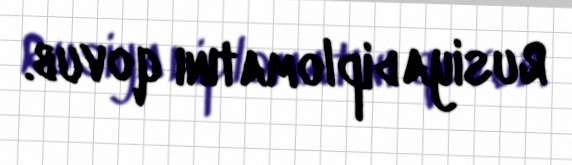
Rusiya diplomatını qovub.